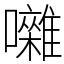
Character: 囃